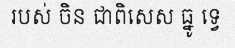
របស់ ចិន ជាពិសេស ធ្នូ ទ្វេ